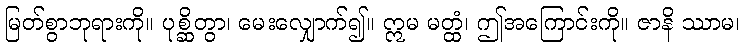
မြတ်စွာဘုရားကို။ ပုစ္ဆိတွာ၊ မေးလျှောက်၍။ ဣမ မတ္ထံ၊ ဤအကြောင်းကို။ ဇာနိ ဿာမ၊